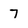
Character: 7